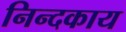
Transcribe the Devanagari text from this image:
निन्दकाय